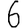
Digit: 6